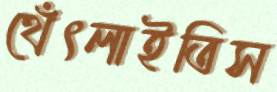
থেঁৎলাইতিস